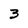
Character: 3